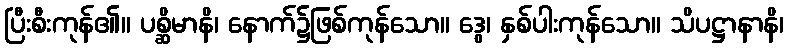
ပြီးစီးကုန်၏။ ပစ္ဆိမာနိ၊ နောက်၌ဖြစ်ကုန်သော။ ဒွေ၊ နှစ်ပါးကုန်သော။ သိပဋ္ဌာနာနိ၊